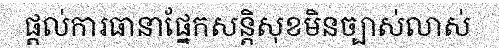
ផ្តល់ការធានាផ្នែកសន្តិសុខមិនច្បាស់លាស់